Vaccine operations Central Provinces 1868-1885 - 1868-1885
Year: 1868
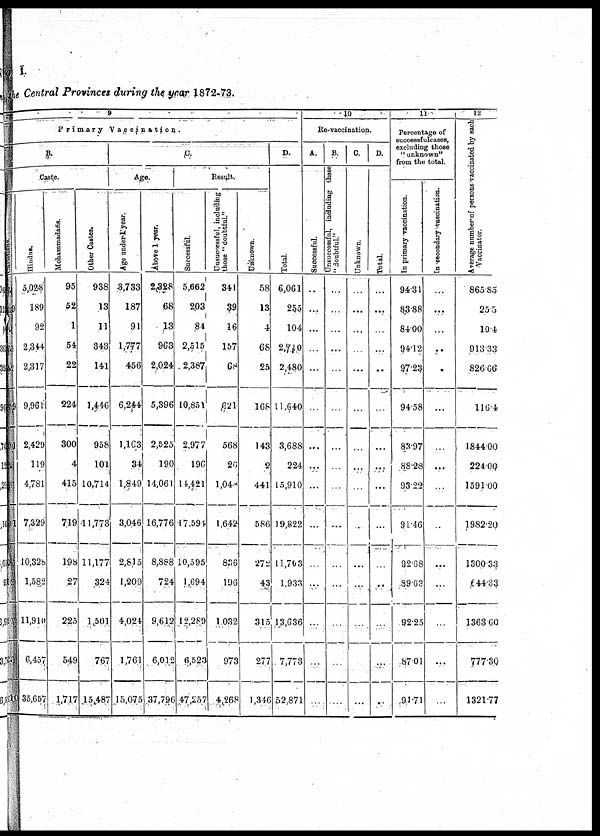
I.
The Central Provinces during the year 1872-73.
9
Primary Vaccination.
B.
Caste.
Hindus.
5,028
189
92
2,344
2,317
9,961
2,429
119
4,781
7,329
10,328
1,582
11,910
6,457
35,657
Mohammadans.
95
52
1
54
22
224
300
4
415
719
198
27
225
549
1,717
Other Castes.
938
13
11
343
141
1,446
958
101
10,714
11,773
11,177
324
1,501
767
15,487
C.
Age.
Age under 1 year.
3,733
187
91
1,777
456
6,244
1,163
34
1,849
3,046
2,815
1,209
4,024
1,761
15,075
Above 1 year.
2,328
68
13
963
2,024
5,396
2,525
190
14,061
16,776
8,888
724
9,612
6,012
37,796
Result.
Successful.
5,662
2,03
84
2,515
2,387
10,851
2,977
196
14,421
17,594
10,595
1,694
12,289
6,523
47,257
Unsuccessful, including
those " doubtful."
341
39
16
157
68
621
568
26
1,048
1,642
836
196
1,032
973
4,268
Unknown.
58
13
4
68
25
168
143
2
441
586
272
43
315
277
1,346
D.
Total.
6,061
255
104
2,710
2,480
11,640
3,688
224
15,910
19,822
11,763
1,933
13,636
7,773
52,871
10
Re-vaccination.
A.
Successful.
...
...
...
...
...
...
...
...
...
...
...
...
...
...
...
B.
Unsuccessful, including these
" doubtful.''
...
...
...
...
...
...
...
...
...
...
...
...
...
...
...
C.
Unknown.
...
...
...
...
...
...
...
...
...
...
...
...
...
...
...
D.
Total.
...
...
...
...
...
...
...
...
...
...
...
...
...
...
...
11
Percentage of
successful cases,
excluding those
"unknown"
from the total.
In primary vaccination.
94.31
83.88
84.00
94.12
97.23
94.58
83.97
88.28
93.22
91.46
92.68
89.63
92.25
87.01
91.71
In secondary vaccination.
...
...
...
...
...
...
...
...
...
...
...
...
...
...
...
12
Average number of persons vaccinated by each
Vaccinator.
865.85
25.5
10.4
913.33
826.66
116.4
1844.00
224.00
1591.00
1982.20
1300.33
644.33
1363.60
777.30
1321.77